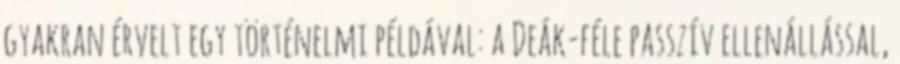
gyakran érvelt egy történelmi példával: a Deák-féle passzív ellenállással,